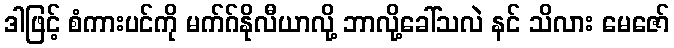
ဒါဖြင့် စံကားပင်ကို မက်ဂ်နိုလီယာလို့ ဘာလို့ခေါ်သလဲ နင် သိလား မေဇော်